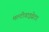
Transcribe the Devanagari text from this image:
मल्टीवाइव्रेटर